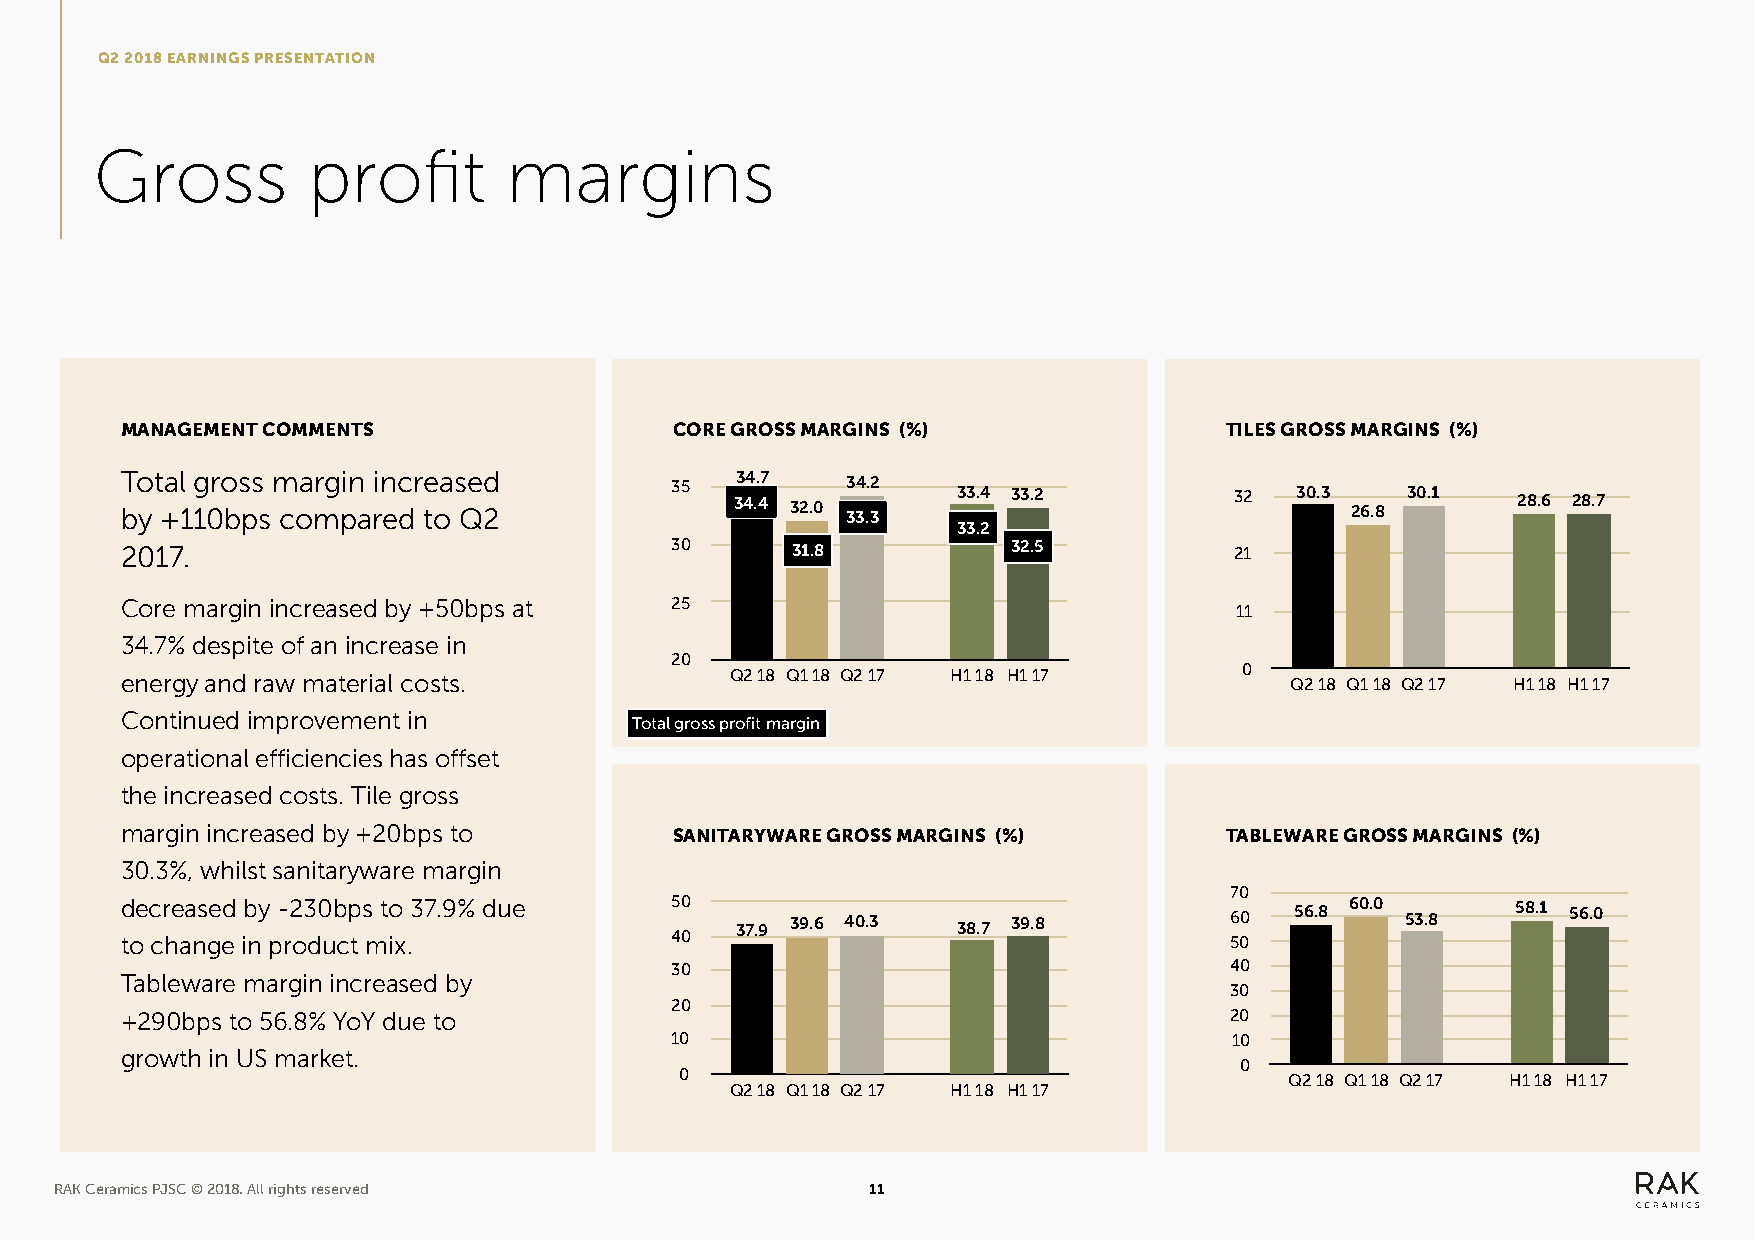
Q2 2018 EARNINGS PRESENTATION
 Gross         profit        margins
 MANAGEMENT COMMENTS                  CORE GROSS MARGINS (%)              TILES GROSS MARGINS (%)
 T bo y t +al 1 1g 0ro bs ps s m coa mrg pin a rin ec dr e toa s Qed 2 35 33 44 .. 47 32.0 3 34 3.. 32 33.4 33.2 32 30.3 26.8 30.1 28.6 28.7
 33.2
 2017.                               30      31.8           32.5           21
 Core margin increased by +50bps at  25
 11
 34.7% despite of an increase in
 20
 energy and raw material costs.          Q2 18 Q1 18 Q2 17 H1 18 H1 17     0  Q2 18 Q1 18 Q2 17 H1 18 H1 17
 Continued improvement in
 Total gross profit margin
 operational efficiencies has offset
 the increased costs. Tile gross
 margin increased by +20bps to        SANITARYWARE GROSS MARGINS (%)      TABLEWARE GROSS MARGINS (%)
 30.3%, whilst sanitaryware margin
 70
 d toe c cr he aa ns ge ed ib ny p - r2 o3 d0 ub cp t s m t io x .3 7.9% due 450 0 37.9 39.6 40.3 38.7 39.8 56 00 56.8 60.0 53.8 58.1 56.0
 30                                   40
 Tableware margin increased by
 30
 20
 +290bps to 56.8% YoY due to                                              20
 10                                    10
 growth in US market.
 0
 0                                       Q2 18 Q1 18 Q2 17 H1 18 H1 17
 Q2 18 Q1 18 Q2 17 H1 18 H1 17
 RAK Ceramics PJSC © 2018. All rights reserved         11